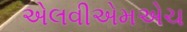
એલવીએમએચ